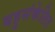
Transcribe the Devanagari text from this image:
बहुसंकेतित